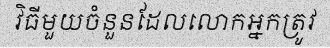
វិធីមួយចំនួនដែលលោកអ្នកត្រូវ